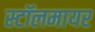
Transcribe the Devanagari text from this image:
स्टॉलमायर